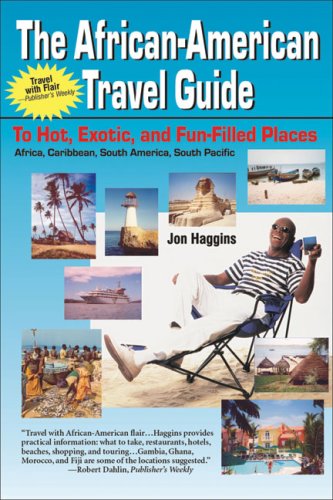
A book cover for African American Travel Guide to Hot, Exotic & Fun-Filled Places; Jon Haggins; Travel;